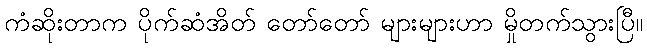
ကံဆိုးတာက ပိုက်ဆံအိတ် တော်တော် များများဟာ မှိုတက်သွားပြီ။